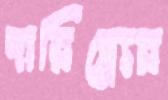
দারিদ্র্র্যের